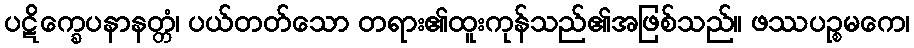
ပဋိက္ခေပနာနတ္တံ၊ ပယ်တတ်သော တရား၏ထူးကုန်သည်၏အဖြစ်သည်။ ဖဿပဉ္စမကေ၊